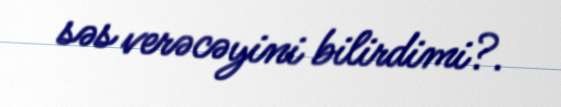
səs verəcəyini bilirdimi?.